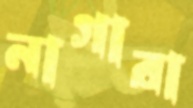
নাগারা